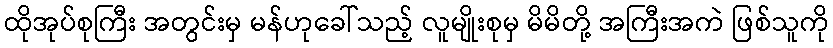
ထိုအုပ်စုကြီး အတွင်းမှ မန်ဟုခေါ်သည့် လူမျိုးစုမှ မိမိတို့ အကြီးအကဲ ဖြစ်သူကို